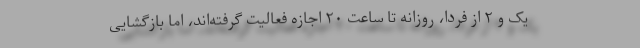
یک و ۲ از فردا، روزانه تا ساعت ۲۰ اجازه فعالیت گرفته‌اند، اما بازگشایی